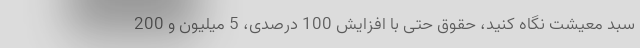
سبد معیشت نگاه کنید، حقوق حتی با افزایش 100 درصدی، 5 میلیون و 200